Vaccination in the Punjab 1919-1929 - 1919-1929
Year: 1919
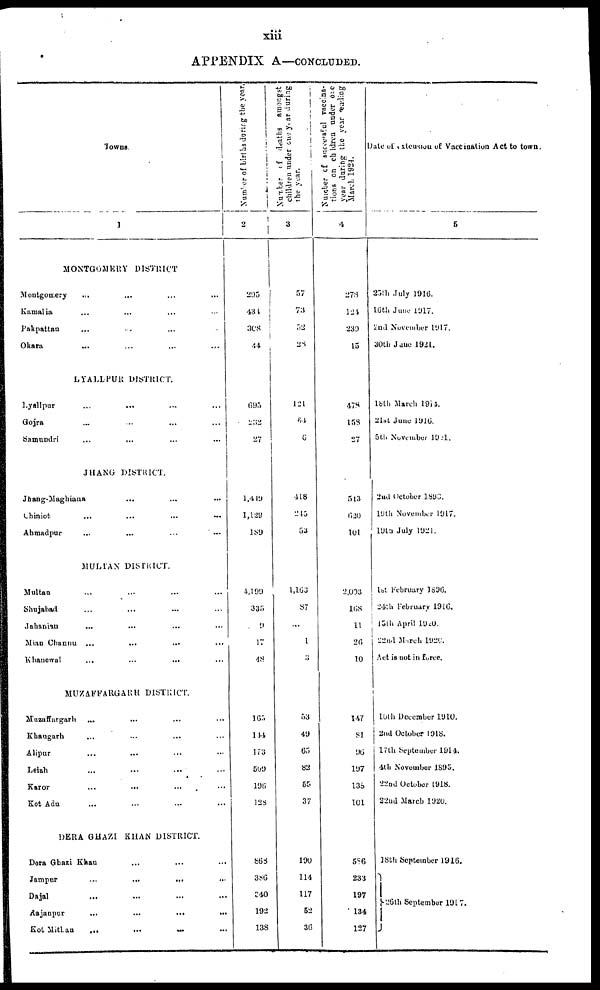
xiii
APPENDIX A—CONCLUDED.
Towns
1
MONTGOMERY DISTRICT
Montgomery
... ... ... ...
Kamalia ... ... ... ...
Pakpattan ... ... ... ...
Okara ... ... ... ...
LYALLPUR DISTRICT.
Lyallpur ... ... ... ...
Gojra ... ... ... ...
Samundri ... ... ... ...
JHANG DISTRICT.
Jhang-Maghiana ... ... ...
Chiniot ... ... ... ...
Ahmadpur ... ... ... ...
MULTAN DISTRICT.
Multan ... ... ... ...
Shajabad ... ... ... ...
Jahanian ... ... ... ...
Mian Channu ... ... ... ...
Khanewal ... ... ... ...
MUZAFFARGARH DISTRICT.
Muzaffargarh ... ... ... ...
Khangarh ... ... ... ...
Alipur ... ... ... ...
Leiah ... ... ... ...
Karor
...
... ... ...
Kot Adu ... ... ... ...
DERA GHAZI KHAN DISTRICT.
Dera Ghazi Khan
Jampur
...
...
... ...
Dajal ... ... ... ...
Aajanpur
...
...
...
...
Kot Mithan
...
...
... ...
Number of births
during the year.
2
295
434
308
44
695
232
27
1,449
1,129
189
4,199
335
9
17
48
165
144
173
509
196
128
868
386
840
192
138
Number of deaths amongst
children under one year during
the year.
3
57
73
52
28
121
64
6
418
245
53
1,163
87
...
1
3
53
49
65
82
55
37
190
114
117
52
36
Number of successful vaccina-
tions on children under one
year during the year ending
March 1924.
4
273
124
230
15
478
153
27
513
620
101
2,003
168
11
26
10
147
81
96
197
135
101
586
233
197
134
127
Date of extension of Vaccination Act to town.
5
25th July 1916.
16th June l917.
2nd November l917.
30th June 1921.
18th March 1914.
21st June 1916.
5th November 1921.
2nd October 1893.
19th November 1917.
19th July 1921.
1st February 1896.
24th February 1916.
15th April 1920.
22nd March 1920.
Act is not in force.
10th December 1910.
2nd October 1918.
17th September 1914.
4th November 1895.
22nd October 1918.
22nd March 1920.
18th September 1916.
26th September 1917.